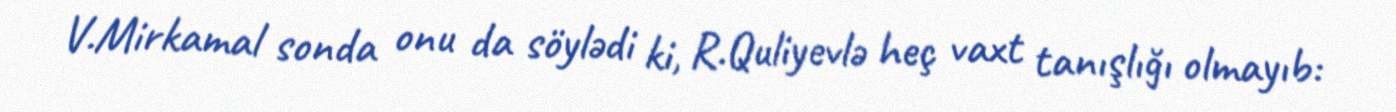
V.Mirkamal sonda onu da söylədi ki, R.Quliyevlə heç vaxt tanışlığı olmayıb: